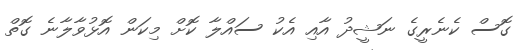
ގޮސް ކެނެރީގެ ނަޝީދު އާއި އެކު ސައްލާ ކޮށް މިކަން އޮޅުވާލާނެ ގޮތް